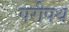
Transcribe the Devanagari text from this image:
परीपथ